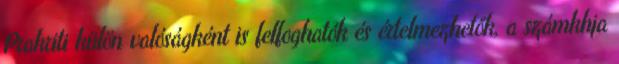
Prakriti külön valóságként is felfoghatók és értelmezhetők, a számkhja